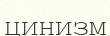
цинизм